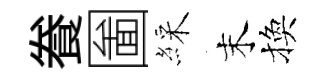
飬圗綵末換